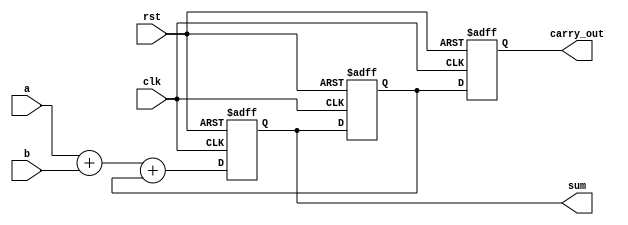
`timescale 1ns / 1ps
//////////////////////////////////////////////////////////////////////////////////
// Company: 
// Engineer: 
// 
// Design Name: 
// Module Name: Serial_Adder
// Project Name: 
// Target Devices: 
// Tool Versions: 
// Description: 
// 
// Dependencies: 
// 
// Revision:
// Revision 0.01 - File Created
// Additional Comments:
// 
//////////////////////////////////////////////////////////////////////////////////


module Serial_Adder (
    input wire clk,        
    input wire rst,        
    input wire a,          
    input wire b,          
    output reg sum,        
    output reg carry_out   
);
    reg carry; 

    always @(posedge clk or posedge rst) begin
        if (rst) begin
            carry <= 1'b0; 
            sum <= 1'b0;
            carry_out <= 1'b0;
        end else begin
            {carry, sum} <= a + b + carry;
            carry_out <= carry; // Tama bitini bir sonraki adma ta
            carry <= sum; // Tama bitini gncelle
        end
    end
endmodule